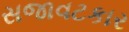
સજાવટકાર